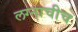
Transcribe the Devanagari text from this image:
लग्नाचीच